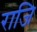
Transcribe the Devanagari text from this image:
राजि